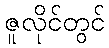
ဇူလိုင်တွင်